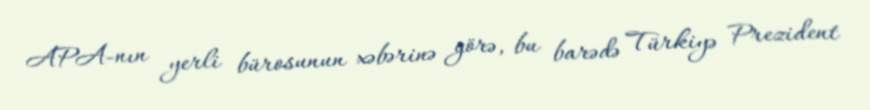
APA-nın yerli bürosunun xəbərinə görə, bu barədə Türkiyə Prezident